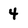
Character: 4